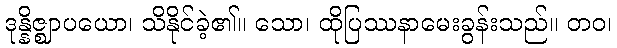
ဒုန္နိဇ္ဈာပယော၊ သိနိုင်ခဲ့၏။ သော၊ ထိုပြဿနာမေးခွန်းသည်။ တဝ၊